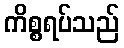
ကိစ္စရပ်သည်